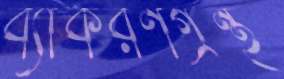
ব্যাকরণগ্রন্থ